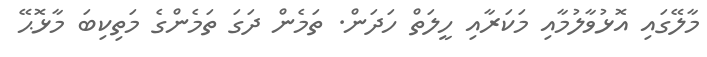
މާލޭގައި އޮޅުވާލުމާއި މަކަރާއި ހީލަތް ހަދަން. ތަމެން ދަގަ ތަމެންގެ މަތިކިބަ މާޅޮޙޭ